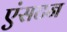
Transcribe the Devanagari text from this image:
एंसटन